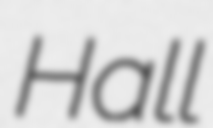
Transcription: Hall